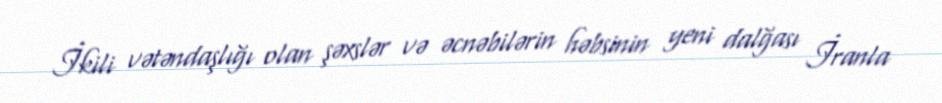
İkili vətəndaşlığı olan şəxslər və əcnəbilərin həbsinin yeni dalğası İranla